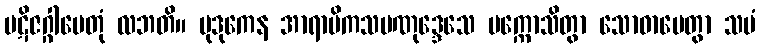
ပဋိဇဂ္ဂါပေတုံ လဘတိ။ မုဒုကေန အာရာမိကသမဏုဒ္ဒေသေ ပက္ကောသိတွာ သောဓာပေတွာ သမံ